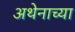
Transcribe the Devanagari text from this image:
अथेनाच्या